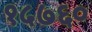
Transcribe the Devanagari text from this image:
१५७६०